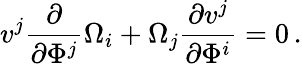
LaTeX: v^{j}\frac{\partial}{\partial\Phi^{j}}\Omega_{i}+\Omega_{j}\frac{\partial v^{j}}{\partial\Phi^{i}}=0\, .